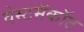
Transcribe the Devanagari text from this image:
वेस्टमॅकॉट